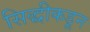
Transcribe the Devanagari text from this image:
सिद्धीकडून